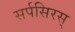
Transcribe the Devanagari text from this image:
सर्पसिरस्